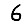
Digit: 6